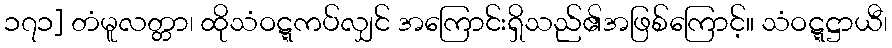
၁၇၁] တံမူလတ္တာ၊ ထိုသံဝဋ္ဋကပ်လျှင် အကြောင်းရှိသည်၏အဖြစ်ကြောင့်။ သံဝဋ္ဋဋ္ဌာယီ၊